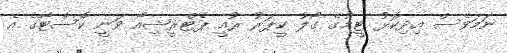
ނަމަވެސް އިދިކޮޅު ޓީމުގެ ގޯލު ކީޕަރު ރުއީ ޕެޓްރީޝިއޯ ވަނީ ކޮސްޓާގެ އެ